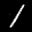
Label: 1